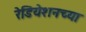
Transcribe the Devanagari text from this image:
रेडियेशनच्या